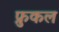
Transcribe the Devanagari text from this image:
फ्रुकल